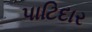
પાટિદાર